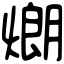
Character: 𤎜